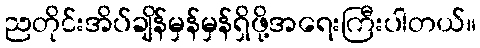
ညတိုင်းအိပ်ချိန်မှန်မှန်ရှိဖို့အရေးကြီးပါတယ်။